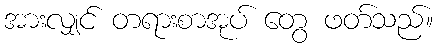
အားလျှင် တရားစာအုပ် တွေ ဖတ်သည်။